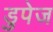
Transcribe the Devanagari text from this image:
डुपेज